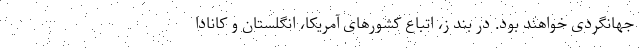
جهانگردی خواهند بود. در بند ز، اتباع کشورهای آمریکا، انگلستان و کانادا